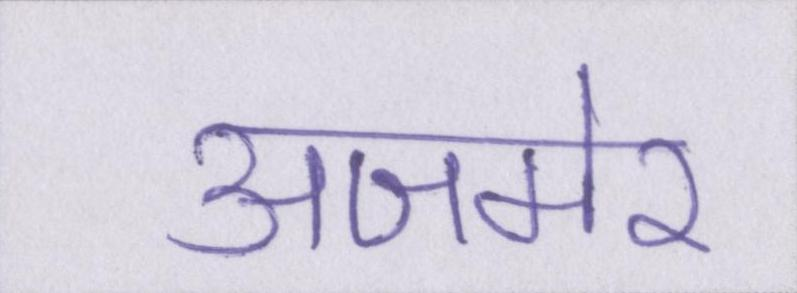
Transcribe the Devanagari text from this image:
अजमेर